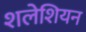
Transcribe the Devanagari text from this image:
शलेशियन